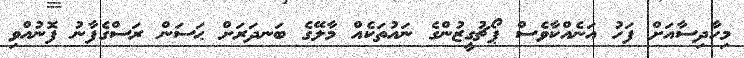
މިހާދިސާއަށް ފަހު އަނެއްކާވެސް ޕޯޗުގީޒުންގެ ނައުތަކެއް މާލޭގެ ބަނދަރަށް ޙަސަން ރަސްގެފާނު ފޮނުއްވި